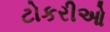
ટોકરીઓ